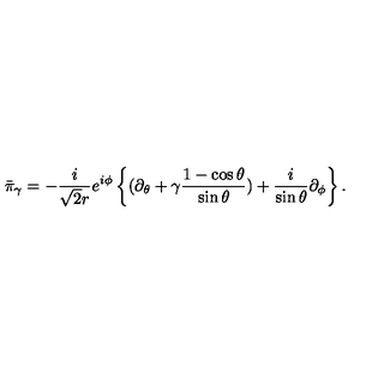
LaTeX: \bar { \pi } _ { \gamma } = - \frac { i } { \sqrt { 2 } r } e ^ { i \phi } \left\{ ( \partial _ { \theta } + \gamma \frac { 1 - \cos \theta } { \sin \theta } ) + \frac { i } { \sin \theta } \partial _ { \phi } \right\} .